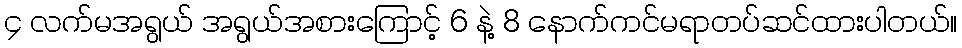
၄ လက်မအရွယ် အရွယ်အစားကြောင့် 6 နဲ့ 8 နောက်ကင်မရာတပ်ဆင်ထားပါတယ်။